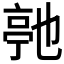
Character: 𬽓